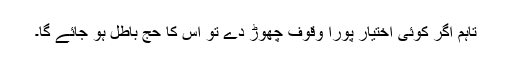
تاہم اگر کوئی اختیار پورا وقوف چھوڑ دے تو اس کا حج باطل ہو جائے گا۔